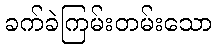
ခက်ခဲကြမ်းတမ်းသော